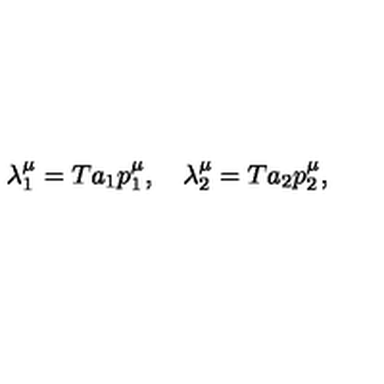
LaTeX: \lambda _ { 1 } ^ { \mu } = T a _ { 1 } p _ { 1 } ^ { \mu } , \quad \lambda _ { 2 } ^ { \mu } = T a _ { 2 } p _ { 2 } ^ { \mu } , \nonumber